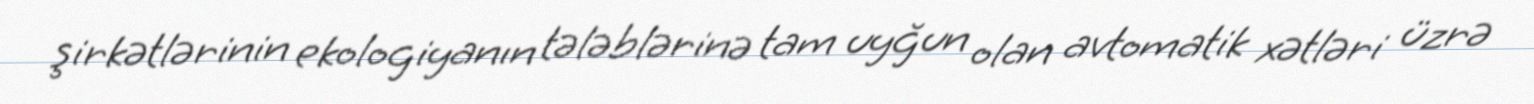
şirkətlərinin ekologiyanın tələblərinə tam uyğun olan avtomatik xətləri üzrə